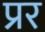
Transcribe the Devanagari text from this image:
प्रर